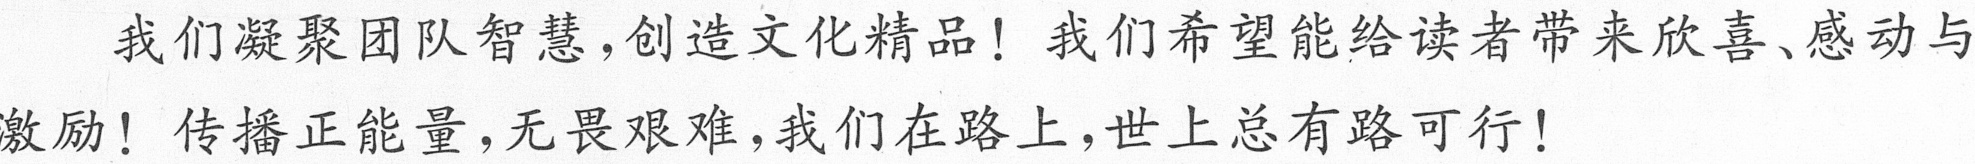
我们凝聚团队智慧,创造文化精品！我们希望能给读者带来欣喜、感动与
激励！传播正能量,无畏艰难,我们在路上,世上总有路可行！